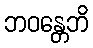
ဘဝန္တေဘိ